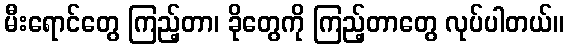
မီးရောင်တွေ ကြည့်တာ၊ ခိုတွေကို ကြည့်တာတွေ လုပ်ပါတယ်။